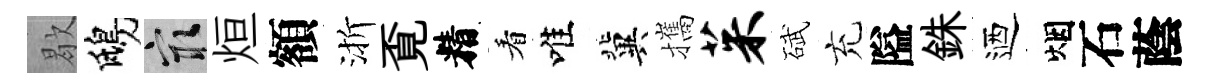
歇鴟冣烜額渐覔精看唯冀攜茱碔充隘銖迺烟石蔭